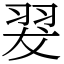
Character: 翇